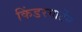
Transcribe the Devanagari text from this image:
किंडरगार्टेन